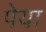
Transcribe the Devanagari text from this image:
पेया